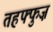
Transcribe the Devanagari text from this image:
तहफ्फुज़